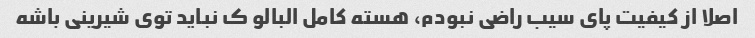
اصلا از کیفیت پای سیب راضی نبودم، هسته کامل البالو ک نباید توی شیرینی باشه